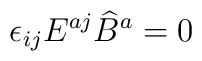
\epsilon_{i j} E^{a j} \widehat B^a = 0